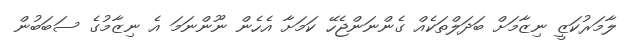
ލާމަރުކަޒީ ނިޒާމަށް ބަދަލްތަކެއް ގެންނަންޖެހޭ ކަމަށާ އެހެން ނޫންނަމަ އެ ނިޒާމުގެ ސަބަބުން